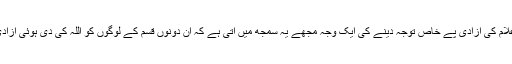
خواتین کی حصہ داری اور غلام کی آزادی پے خاص توجہ دینے کی ایک وجہ مجھے یہ سمجھ میں آتی ہے کہ ان دونوں قسم کے لوگوں کو اللہ کی دی ہوئی آزادی سے محروم کر دیا گیا تھا۔